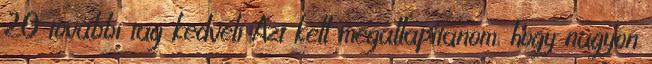
20 további tag kedveli Azt kell megállapítanom, hogy nagyon